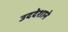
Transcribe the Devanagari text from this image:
उददेशाने